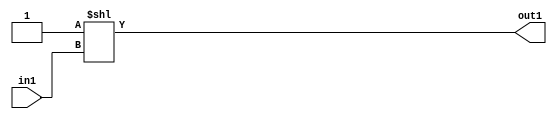
`timescale 1ps / 1ps
/*****************************************************************************
    Verilog RTL Description
    
    
    Created by: Stratus DpOpt 2019.1.01 
*******************************************************************************/

module GaussFilter_DECODE_2U_5_4 (
	in1,
	out1
	); /* architecture "behavioural" */ 
input  in1;
output [1:0] out1;
wire [1:0] asc001;

assign asc001 = 2'B01 << in1;

assign out1 = asc001;
endmodule

/* CADENCE  urbxTAs= : u9/ySgnWtBlWxVPRXgAZ4Og= ** DO NOT EDIT THIS LINE ******/